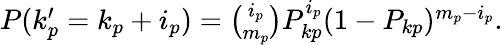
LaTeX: \begin{array}{r}{P(k_{p}^{\prime}=k_{p}+i_{p})=\binom{i_{p}}{m_{p}}P_{kp}^{i_{p}}(1-P_{kp})^{m_{p}-i_{p}}.}\end{array}